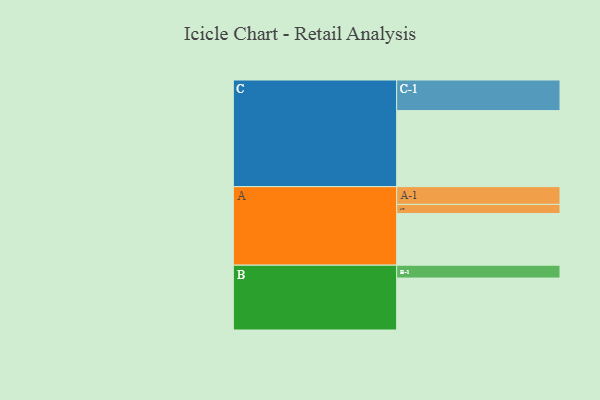
{"axis": {"x": "Segment", "y": "Value"}, "legend": ["", "A", "B", "C"], "data": [{"x": "A", "y": 373, "type": ""}, {"x": "B", "y": 375, "type": ""}, {"x": "C", "y": 549, "type": ""}, {"x": "A-1", "y": 128, "type": "A"}, {"x": "A-2", "y": 66, "type": "A"}, {"x": "B-1", "y": 93, "type": "B"}, {"x": "C-1", "y": 221, "type": "C"}]}